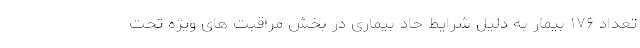
تعداد ۱۷۶ بیمار به دلیل شرایط حاد بیماری در بخش مراقبت های ویژه تحت